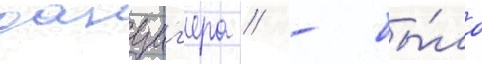
данциг'ера / - бы́ло